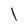
Character: l